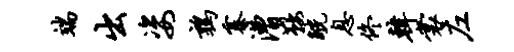
端出姿鹑寨漕鞍觥息佟韩裳左